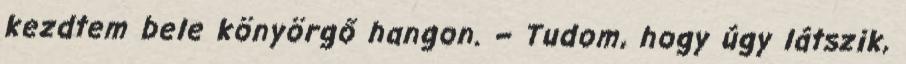
kezdtem bele könyörgő hangon. – Tudom, hogy úgy látszik,